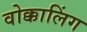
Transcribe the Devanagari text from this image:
वोक्कालिंग